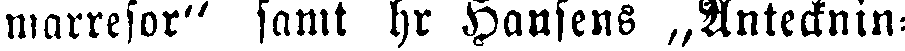
marresor" samt hr Hansens „Anteckning-